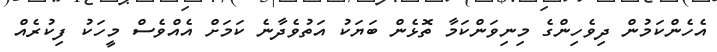
އެހެންކަމުން ދިވެހިންގެ މިނިވަންކަމާ ތޮޅެން ބަޔަކު އަތުވެދާނެ ކަމަށް އެއްވެސް މީހަކު ފިކުރެއް